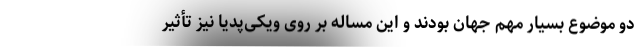
دو موضوع بسیار مهم جهان بودند و این مساله بر روی ویکی‌پدیا نیز تأثیر